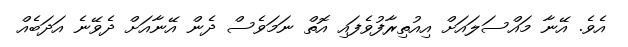
އެވެ. އޭނާ މައްސަލައަށް އިއުތިރާފުވެފައި އޮތް ނަމަވެސް ދެން އޭނާއަށް ދެވޭނެ އަދަބެއް